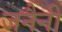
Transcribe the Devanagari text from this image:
जनैनी